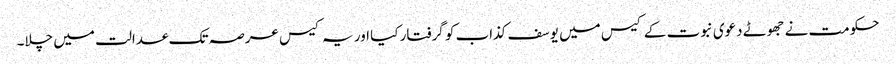
حکومت نے جھوٹے دعوی نبوت کے کیس میں یوسف کذاب کو گرفتار کیا اور یہ کیس عرصہ تک عدالت میں چلا۔